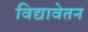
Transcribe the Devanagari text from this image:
विद्यावेतन